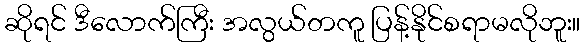
ဆိုရင် ဒီလောက်ကြီး အလွယ်တကူ ပြန့်နိုင်စရာမလိုဘူး။